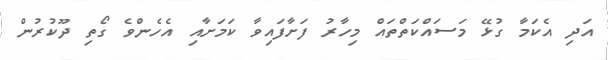
އަދި އެކަމާ ގުޅޭ މަސައްކަތްތައް މިހާރު ފަށާފައިވާ ކަމަށާއި އެހެންވެ ގޯތި ދޫކުރުން